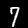
Digit: 7